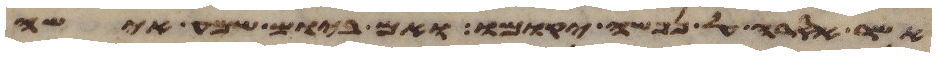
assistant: אשר אסרה על נפשה יקומו ואם ביום שמע אישה